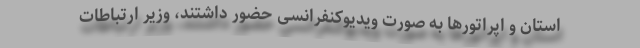
استان و اپراتورها به صورت ویدیوکنفرانسی حضور داشتند، وزیر ارتباطات